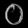
Digit: ၀